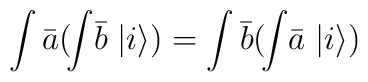
\int {\bar a} (\! \int \!{\bar b}\; |i \rangle ) = \int {\bar b} (\!\int \!{\bar a} \;| i \rangle )